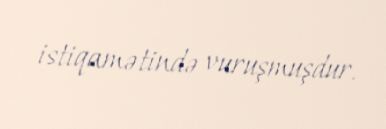
istiqamətində vuruşmuşdur.